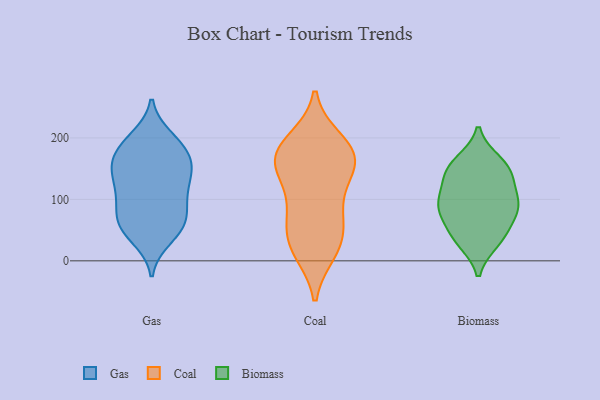
{"axis": {"x": "LTV (USD)", "y": "Value"}, "legend": ["Biomass", "Coal", "Gas"], "data": [{"x": "", "y": 102, "type": "Gas"}, {"x": "", "y": 125, "type": "Gas"}, {"x": "", "y": 200, "type": "Gas"}, {"x": "", "y": 98, "type": "Gas"}, {"x": "", "y": 61, "type": "Gas"}, {"x": "", "y": 189, "type": "Gas"}, {"x": "", "y": 53, "type": "Gas"}, {"x": "", "y": 148, "type": "Gas"}, {"x": "", "y": 164, "type": "Gas"}, {"x": "", "y": 145, "type": "Gas"}, {"x": "", "y": 77, "type": "Gas"}, {"x": "", "y": 190, "type": "Gas"}, {"x": "", "y": 108, "type": "Gas"}, {"x": "", "y": 146, "type": "Gas"}, {"x": "", "y": 54, "type": "Gas"}, {"x": "", "y": 180, "type": "Gas"}, {"x": "", "y": 154, "type": "Gas"}, {"x": "", "y": 37, "type": "Gas"}, {"x": "", "y": 60, "type": "Gas"}, {"x": "", "y": 20, "type": "Coal"}, {"x": "", "y": 46, "type": "Coal"}, {"x": "", "y": 151, "type": "Coal"}, {"x": "", "y": 173, "type": "Coal"}, {"x": "", "y": 152, "type": "Coal"}, {"x": "", "y": 148, "type": "Coal"}, {"x": "", "y": 16, "type": "Coal"}, {"x": "", "y": 195, "type": "Coal"}, {"x": "", "y": 100, "type": "Coal"}, {"x": "", "y": 187, "type": "Coal"}, {"x": "", "y": 69, "type": "Coal"}, {"x": "", "y": 176, "type": "Coal"}, {"x": "", "y": 28, "type": "Coal"}, {"x": "", "y": 83, "type": "Coal"}, {"x": "", "y": 166, "type": "Coal"}, {"x": "", "y": 88, "type": "Biomass"}, {"x": "", "y": 79, "type": "Biomass"}, {"x": "", "y": 149, "type": "Biomass"}, {"x": "", "y": 86, "type": "Biomass"}, {"x": "", "y": 32, "type": "Biomass"}, {"x": "", "y": 38, "type": "Biomass"}, {"x": "", "y": 119, "type": "Biomass"}, {"x": "", "y": 102, "type": "Biomass"}, {"x": "", "y": 84, "type": "Biomass"}, {"x": "", "y": 41, "type": "Biomass"}, {"x": "", "y": 141, "type": "Biomass"}, {"x": "", "y": 152, "type": "Biomass"}, {"x": "", "y": 161, "type": "Biomass"}]}